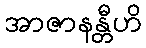
အာဇာနန္တီဟိ